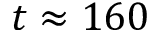
t \approx 1 6 0